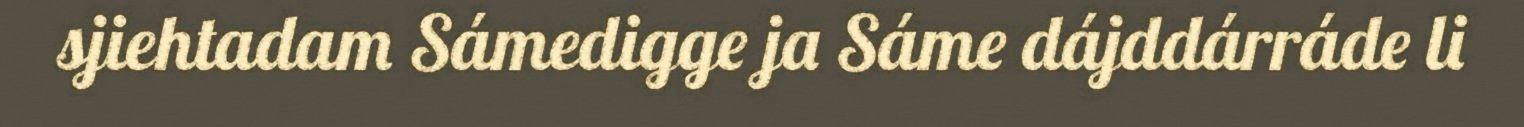
sjiehtadam Sámedigge ja Sáme dájddárráde li